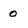
Character: 0